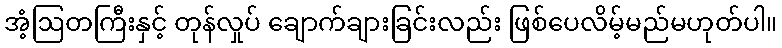
အံ့ဩတကြီးနှင့် တုန်လှုပ် ချောက်ချားခြင်းလည်း ဖြစ်ပေလိမ့်မည်မဟုတ်ပါ။